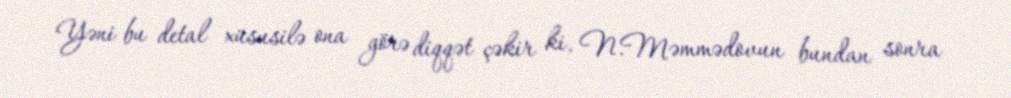
Yəni bu detal xüsusilə ona görə diqqət çəkir ki, N.Məmmədovun bundan sonra